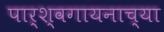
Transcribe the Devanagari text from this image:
पार्श्वगायनाच्या